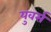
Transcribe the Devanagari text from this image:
युवर्स